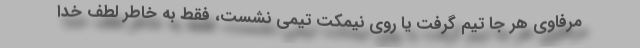
مرفاوی هر جا تیم گرفت یا روی نیمکت تیمی نشست، فقط به خاطر لطف خدا